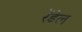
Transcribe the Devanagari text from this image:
रेंडेल